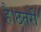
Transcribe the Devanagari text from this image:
है।छतरी